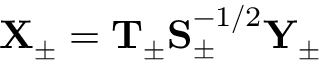
\begin{array} { r } { \mathbf { X } _ { \pm } = \mathbf { T } _ { \pm } \mathbf { S } _ { \pm } ^ { - 1 / 2 } \mathbf { Y } _ { \pm } } \end{array}